Children and Young Persons (Scotland) Act, 1932. Care and training of juveniles, 1932
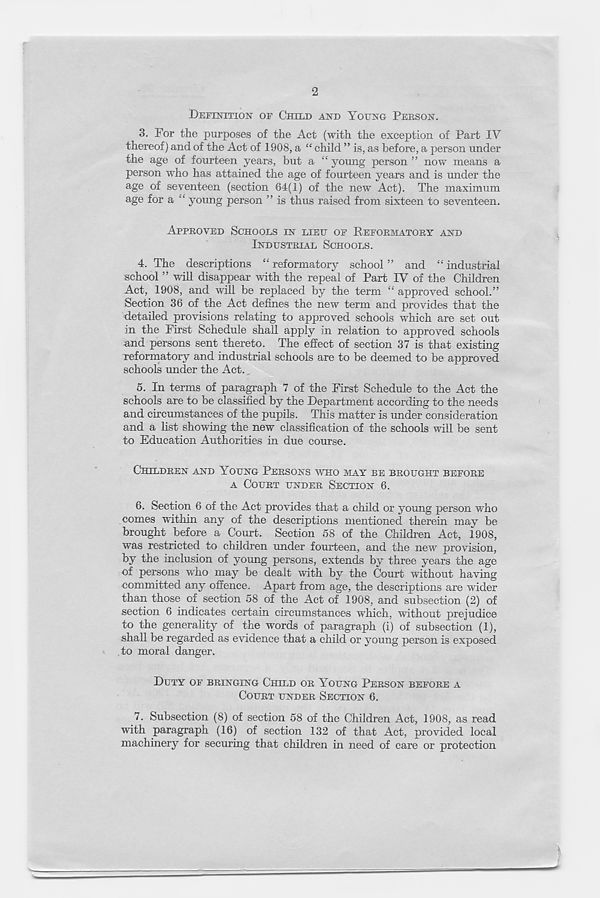
2
DEFINITION OF CHILD AND YOUNG PEBSON.
3. For the purposes of the Act (with the exception of Part IV
thereof) and of the Act of 1908, a “ child ” is, as before, a person under
the age of fourteen years, but a “ young person ” now means a
person who has attained the age of fourteen years and is under the
age of seventeen (section 64(1) of the new Act). The maximum
age for a “ young person ” is thus raised from sixteen to seventeen.
APPBOVED SCHOOLS IN LIEU OF REFOBMATOBY AND
INDUSTBIAL SCHOOLS.
4. The descriptions “reformatory school” and “industrial
school ” will disappear with the repeal of Part IV of the Children
Act, 1908, and will be replaced by the term “ approved school.”
Section 36 of the Act defines the new term and provides that the
detailed provisions relating to approved schools which are set out
in the First Schedule shall apply in relation to approved schools
u,nd persons sent thereto. The effect of section 37 is that existing
reformatory and industrial schools are to be deemed to be approved
schools under the Act.
5. In terms of paragraph 7 of the First Schedule to the Act the
schools are to be classified by the Department according to the needs
and circumstances of the pupils. This matter is under consideration
and a list showing the new classification of the schools will be sent
to Education Authorities in due course.
CHILDBEN AND YOUNG PEBSONS WHO MAY BE BBOUGHT BEFOBE
A COUBT UNDEB SECTION 6.
6. Section 6 of the Act provides that a child or young person who
comes within any of the descriptions mentioned therein may be
brought before a Court. Section 58 of the Children Act, 1908,
was restricted to children under fourteen, and the new provision,
by the inclusion of young persons, extends by three years the age
of persons who may be dealt with by the Court without having
committed any offence. Apart from age, the descriptions are wider
than those of section 58 of the Act of 1908, and subsection (2) of
section 6 indicates certain circumstances which, without prejudice
to the generality of the words of paragraph (i) of subsection (1),
shall be regarded as evidence that a child or young person is exposed
to moral danger.
DUTY OF BBINGING CHILD OB YOUNG PEBSON BEFOBE A
COUBT UNDEB SECTION 6.
7. Subsection (8) of section 58 of the Children Act, 1908, as read
with paragraph (16) of section 132 of that Act, provided local
machinery for securing that children in need of care or protection